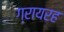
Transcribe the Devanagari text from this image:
ग्रायरह